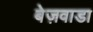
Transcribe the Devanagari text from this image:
बेज़वाडा